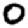
Digit: 0